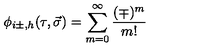
\phi _ { i \pm , h } ( \tau , \vec { \sigma } ) = \sum _ { m = 0 } ^ { \infty } \frac { ( \mp ) ^ { m } } { m ! }